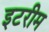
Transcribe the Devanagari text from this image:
इटरीम